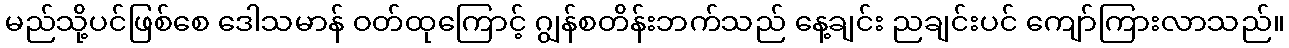
မည်သို့ပင်ဖြစ်စေ ဒေါသမာန် ဝတ်ထုကြောင့် ဂျွန်စတိန်းဘက်သည် နေ့ချင်း ညချင်းပင် ကျော်ကြားလာသည်။